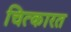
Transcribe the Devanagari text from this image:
चित्कारत